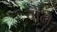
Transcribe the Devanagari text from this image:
चोंढा